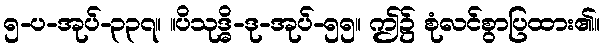
၅-ပ-အုပ်-၃၃၇။ ။ပိသုဒ္ဓိ-ဒု-အုပ်-၅၅။ ဤ၌ စုံလင်စွာပြထား၏။